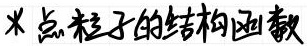
$\times$ 点粒子的结构函数